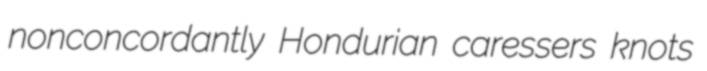
nonconcordantly Hondurian caressers knots